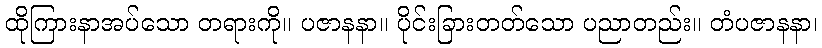
ထိုကြားနာအပ်သော တရားကို။ ပဇာနနာ။ ပိုင်းခြားတတ်သော ပညာတည်း။ တံပဇာနနာ၊